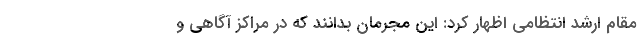
مقام ارشد انتظامی اظهار کرد: این مجرمان بدانند که در مراکز آگاهی و